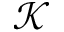
\mathcal { K }